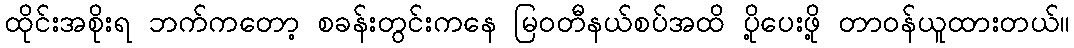
ထိုင်းအစိုးရ ဘက်ကတော့ စခန်းတွင်းကနေ မြဝတီနယ်စပ်အထိ ပို့ပေးဖို့ တာဝန်ယူထားတယ်။